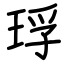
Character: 琈